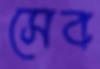
সেব